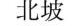
北坡